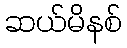
ဆယ်မိနစ်